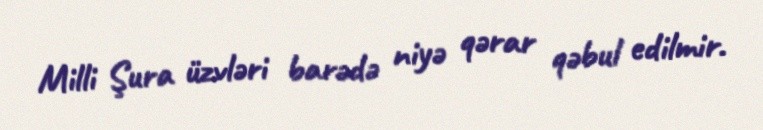
Milli Şura üzvləri barədə niyə qərar qəbul edilmir.